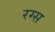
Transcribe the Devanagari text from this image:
रग्स